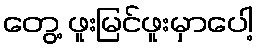
တွေ့ ဖူးမြင်ဖူးမှာပေါ့